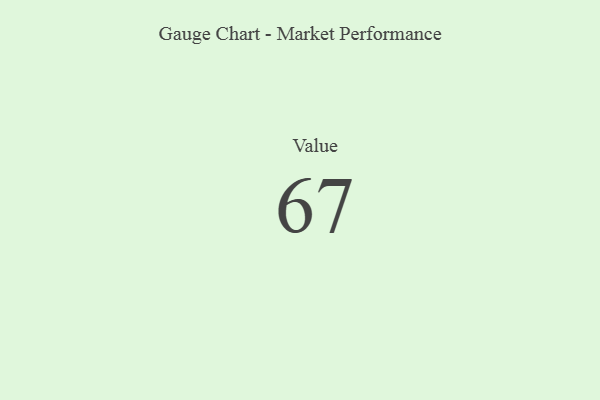
{"axis": {"x": "Metric", "y": "Value"}, "legend": [""], "data": [{"x": "Value", "y": 67, "type": ""}]}